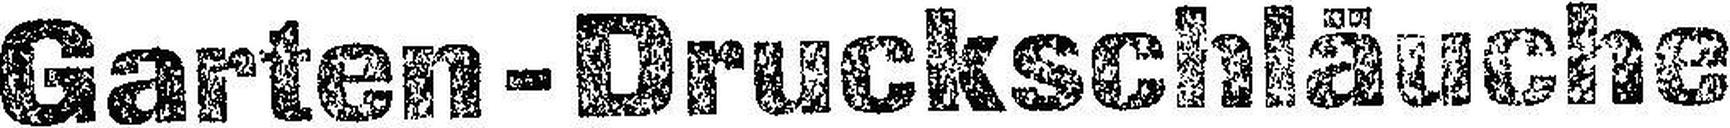
Garten - Druckschläuche